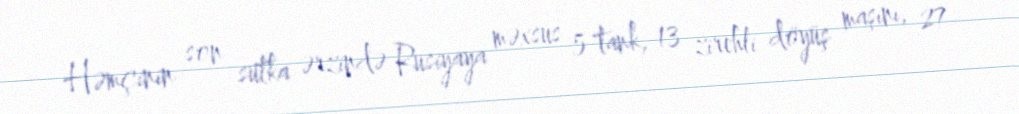
Həmçinin son sutka ərzində Rusiyaya məxsus 5 tank, 13 zirehli döyüş maşını, 27